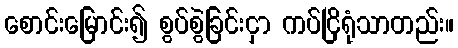
စောင်းမြောင်း၍ စွပ်စွဲခြင်းငှာ ကပ်ငြိရုံသာတည်း။